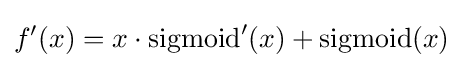
f'(x)=x\cdot \operatorname {sigmoid} '(x)+\operatorname {sigmoid} (x)